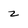
Character: z